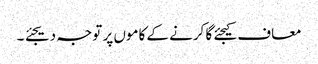
معاف کیجئے گا کرنے کے کاموں پر توجہ دیجئے ۔